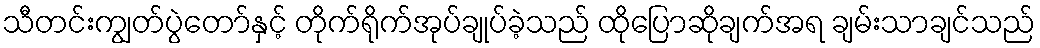
သီတင်းကျွတ်ပွဲတော်နှင့် တိုက်ရိုက်အုပ်ချုပ်ခဲ့သည် ထိုပြောဆိုချက်အရ ချမ်းသာချင်သည်